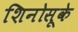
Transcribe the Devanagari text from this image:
शिनोसूके